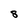
Character: 8